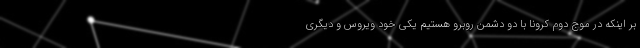
بر اینکه در موج دوم کرونا با دو دشمن روبرو هستیم یکی خود ویروس و دیگری